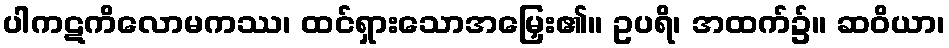
ပါကဋကိလောမကဿ၊ ထင်ရှားသောအမြှေး၏။ ဥပရိ၊ အထက်၌။ ဆဝိယာ၊